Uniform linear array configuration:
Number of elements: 64
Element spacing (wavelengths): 1
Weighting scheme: hann
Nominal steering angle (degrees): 60
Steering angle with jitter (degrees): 61.834
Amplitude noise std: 0.05
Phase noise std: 0.05

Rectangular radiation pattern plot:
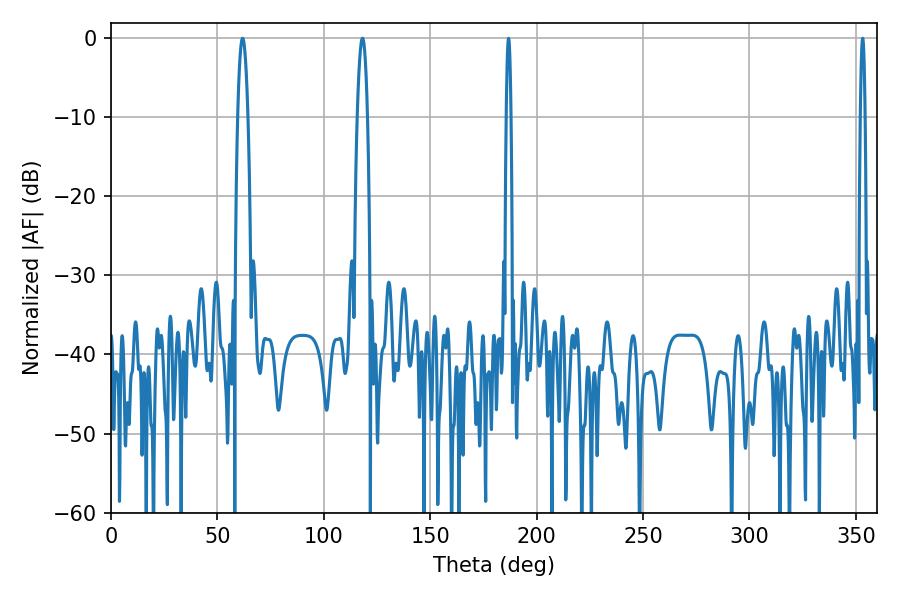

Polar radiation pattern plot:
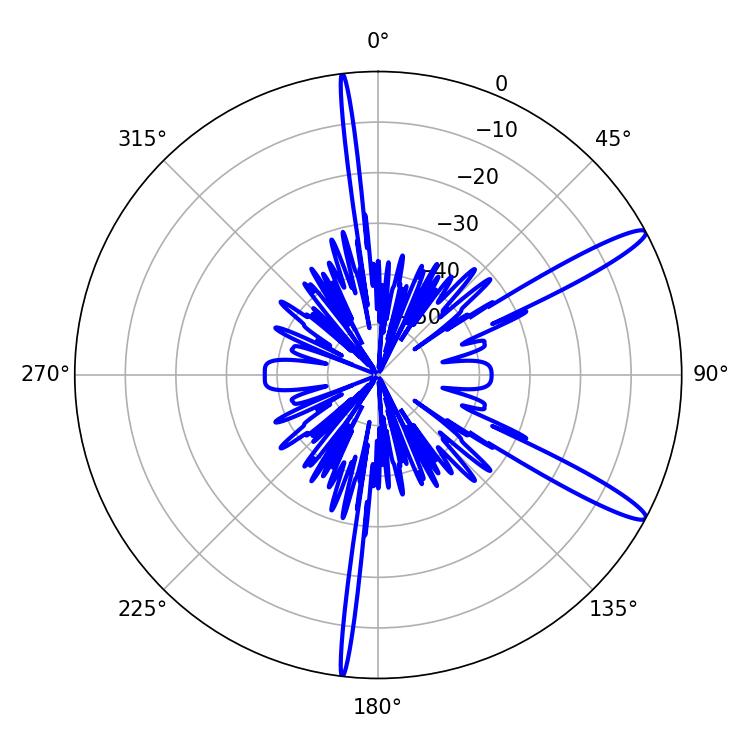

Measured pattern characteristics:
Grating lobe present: TRUE
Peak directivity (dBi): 13.782
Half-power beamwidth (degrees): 1.08
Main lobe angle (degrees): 353.16